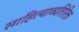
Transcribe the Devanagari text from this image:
साहित्याव्यतिरिक्त